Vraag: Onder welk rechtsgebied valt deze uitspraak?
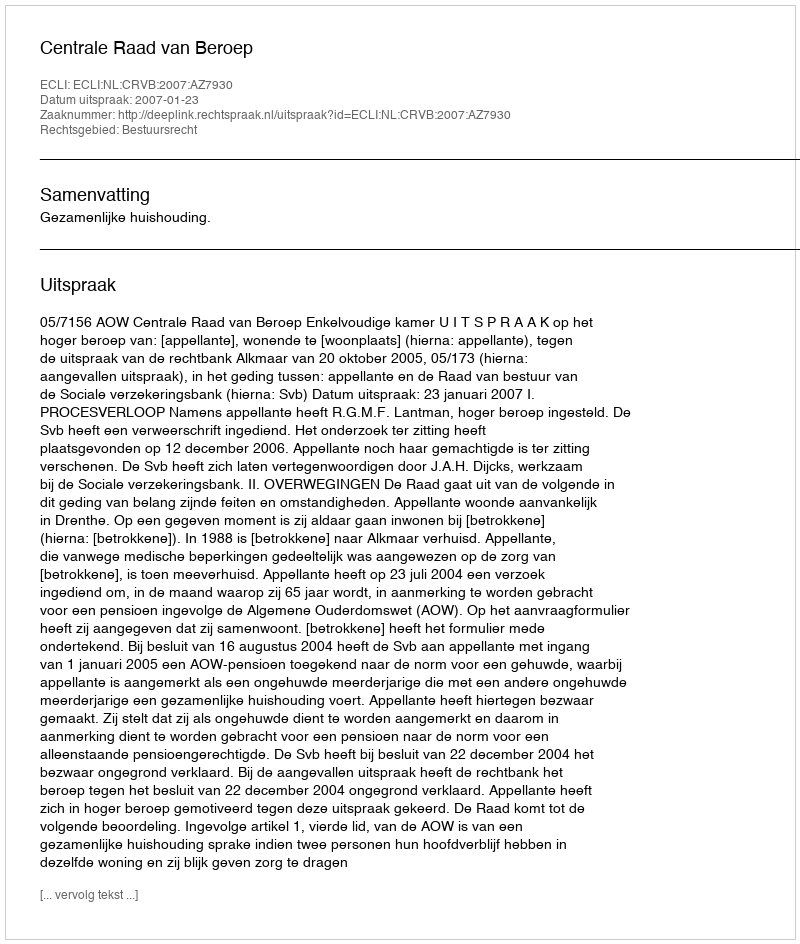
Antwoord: Bestuursrecht